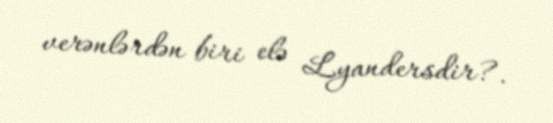
verənlərdən biri elə Lyandersdir?.